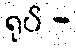
ရုပ် -